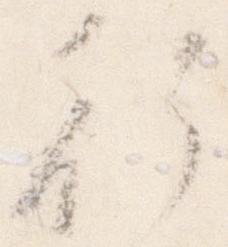
行